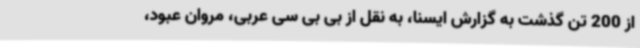
از 200 تن گذشت به گزارش ایسنا، به نقل از بی بی سی عربی، مروان عبود،